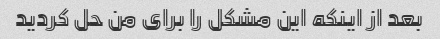
بعد از اینکه این مشکل را برای من حل کردید